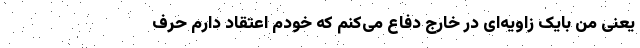
یعنی من بایک زاویه‌ای در خارج دفاع می‌کنم که خودم اعتقاد دارم حرف